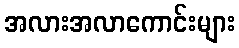
အလားအလာကောင်းများ